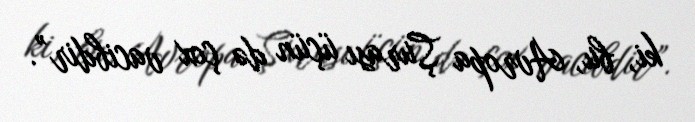
ki, bu, Avropa Şurası üçün də çox vacibdir”.